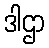
ဒါဌာ